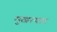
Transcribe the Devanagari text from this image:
मुखत्यार